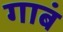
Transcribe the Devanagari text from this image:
गाबं